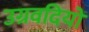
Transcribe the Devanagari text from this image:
उग्रवदियों